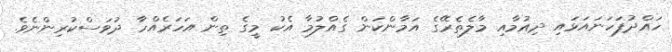
ހައްދުފަހަނައަޅައި ދިއުމާއި މާލެތެރޭގެ އަމާންކަން ގެއްލުމާ އެކު މީގެ ތިން އަހަރެއްހާ ދުވަސްކުރިންނެވެ.